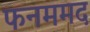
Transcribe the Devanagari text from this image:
फनममद